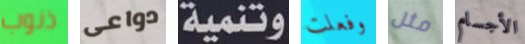
ذنوب دواعى وتنمية وفعلت مثل الأجسام